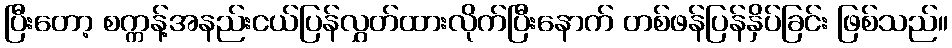
ပြီးတော့ စက္ကန့်အနည်းငယ်ပြန်လွှတ်ထားလိုက်ပြီးနောက် တစ်ဖန်ပြန်နှိပ်ခြင်း ဖြစ်သည်။